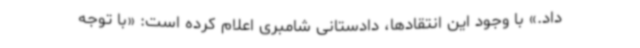
‌داد.» با وجود این انتقادها، دادستانی شامبری اعلام کرده است: «با توجه